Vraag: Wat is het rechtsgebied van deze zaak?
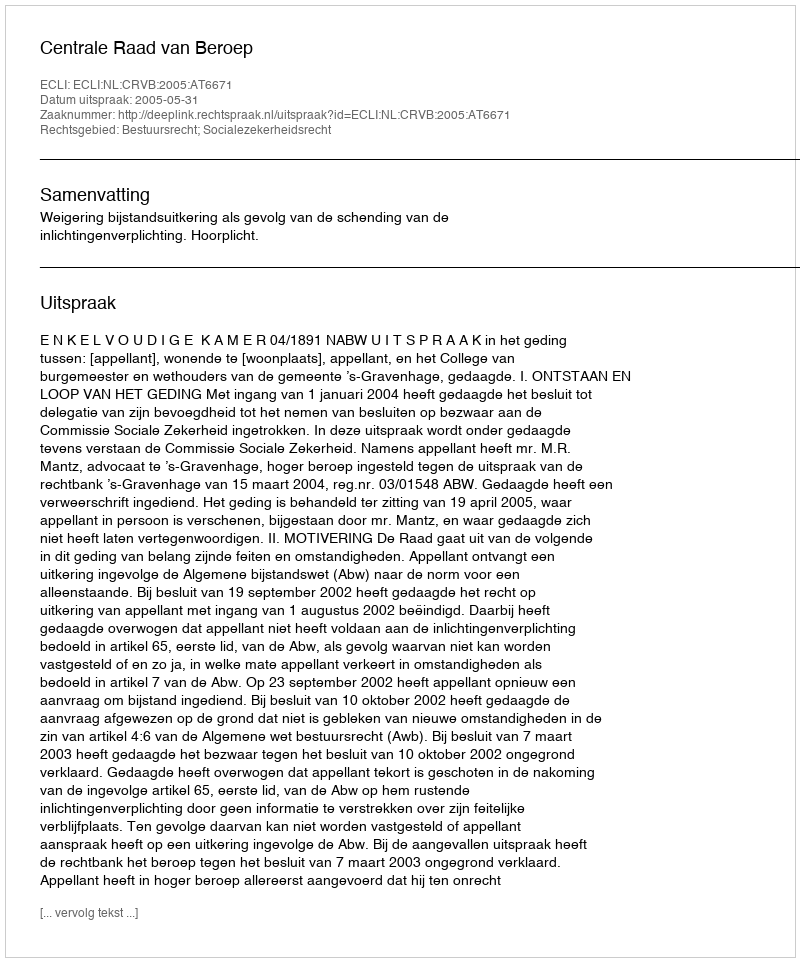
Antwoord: Bestuursrecht; Socialezekerheidsrecht